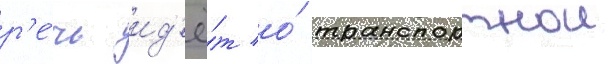
р'е́чь ид'ё́т о́ транспортнои